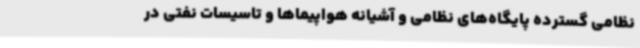
نظامی گسترده پایگاه‌های نظامی و آشیانه هواپیماها و تاسیسات نفتی در